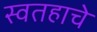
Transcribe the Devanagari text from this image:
स्वतहाचे